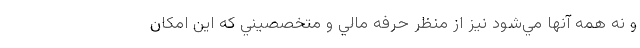
و نه همه آنها مي‌شود نيز از منظر حرفه مالي و متخصصيني كه اين امكان